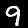
Digit: 9